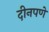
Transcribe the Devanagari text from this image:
दीनपणे